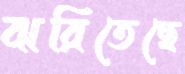
ঝরিতেছে